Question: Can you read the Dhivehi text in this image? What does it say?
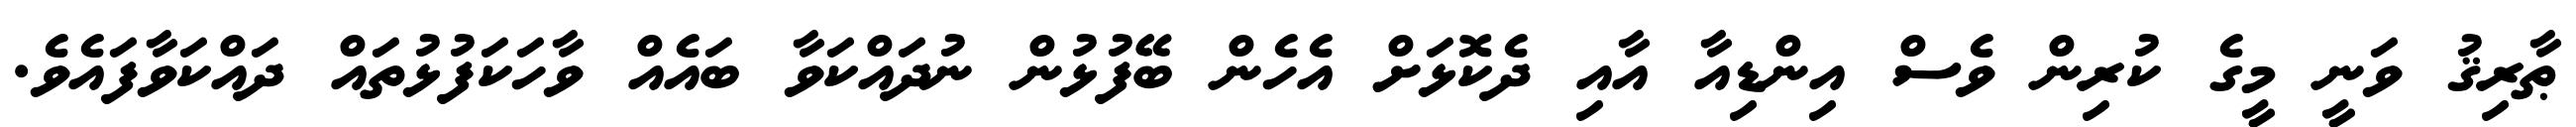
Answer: ޠާރިޤު ވަނީ މީގެ ކުރިން ވެސް އިންޑިއާ އާއި ދެކޮޅަށް އެހެން ބޭފުޅުން ނުދައްކަވާ ބައެއް ވާހަކަފުޅުތައް ދައްކަވާފައެވެ.